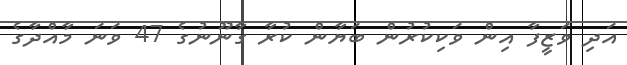
އަދި ވަޒީފާ އިން ވަކިކުރުން ބަޔާން ކުރާ ގާނޫނުގެ 47 ވަނަ މާއްދާގެ